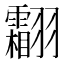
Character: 𱻦